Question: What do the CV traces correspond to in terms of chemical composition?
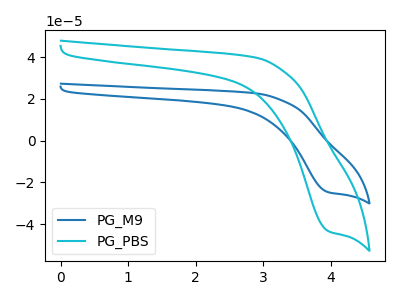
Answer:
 <answer>The blue curve is labeled "PG_M9". The cyan curve is labeled "PG_PBS".</answer>
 <eval></eval>